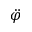
\ddot { \varphi }